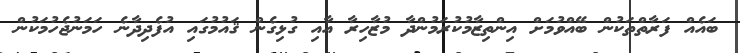
ބައެއް ފަރާތްތަކުން ބޭއްވުމަށް އިންތިޒާމުކުރަމުންދާ މުޒާހިރާ އާއި ގުޅިގެން ޤައުމުގައި އުފެދިދާނެ ހަމަނުޖެހުމަކުން